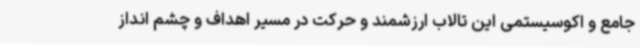
جامع و اکوسیستمی این تالاب ارزشمند و حرکت در مسیر اهداف و چشم انداز